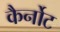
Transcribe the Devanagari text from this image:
कैर्नोट